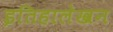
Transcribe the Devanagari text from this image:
इतिहालेखन